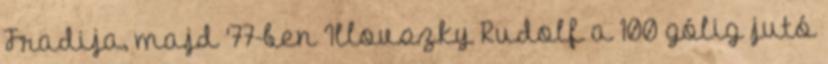
Fradija, majd '77-ben Illovszky Rudolf a 100 gólig jutó